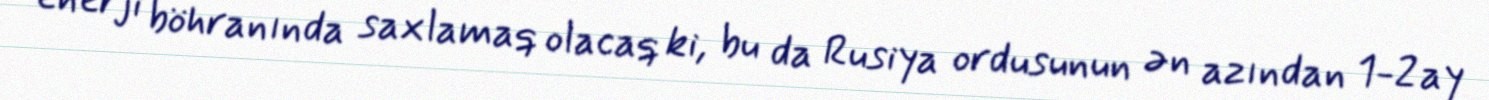
enerji böhranında saxlamaq olacaq ki, bu da Rusiya ordusunun ən azından 1-2 ay